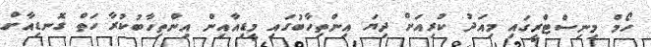
ހޯމް މިނިސްޓްރީގައި މިއަދު ކުރިއަށް ދިޔަ އިންތިހާބުގައި މީޑިއާއިން އިންތިހާބުކުރާ ހަތް ގޮނޑިއާށް